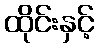
ထိုင်းနှင့်